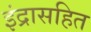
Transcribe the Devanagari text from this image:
इंद्रासहित